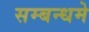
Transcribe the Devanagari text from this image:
सम्बन्धमे